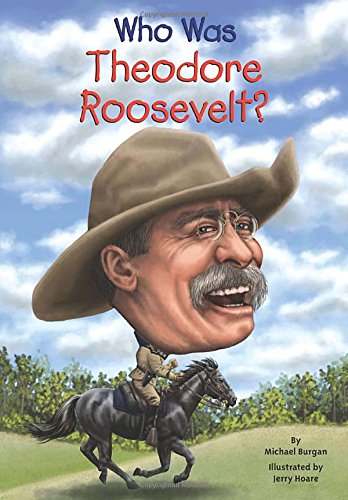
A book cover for Who Was Theodore Roosevelt?; Michael Burgan; Children's Books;